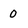
Character: 0